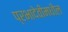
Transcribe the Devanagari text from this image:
प्रभादेवीमधील